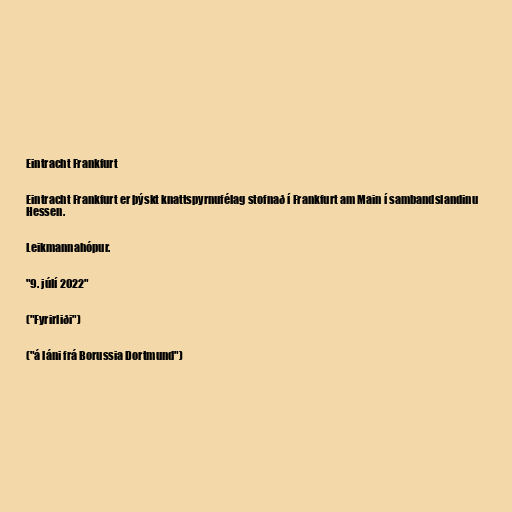
Eintracht Frankfurt

Eintracht Frankfurt er þýskt knattspyrnufélag stofnað í Frankfurt am Main í sambandslandinu
Hessen.

Leikmannahópur.

"9. júlí 2022"

("Fyrirliði")

("á láni frá Borussia Dortmund")